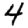
Digit: 4